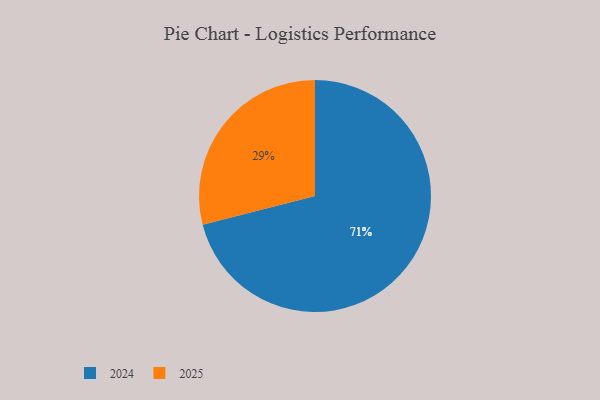
{"axis": {"x": "Category", "y": "Percentage"}, "legend": ["2024", "2025"], "data": [{"x": "2024", "y": 71, "type": "2024"}, {"x": "2025", "y": 29, "type": "2025"}]}